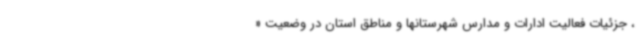
، جزئیات فعالیت ادارات و مدارس شهرستانها و مناطق استان در وضعیت «